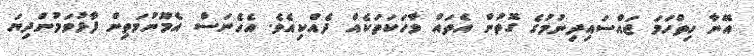
އޭނާ ހިތްހަމަ ޖައްސައިދިނުމުގެ ގޮތުން އެތައް ވާހަކަތަކެއް ދެއްކިއެވެ. އެހެނަސް އެމޫނުމަތިން ފާޅުވަމުންދިޔަ